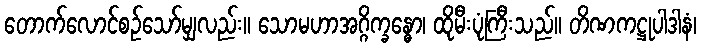
တောက်လောင်စဉ်သော်မျှလည်း။ သောမဟာအဂ္ဂိက္ခန္ဓော၊ ထိုမီးပုံကြီးသည်။ တိဏကဋ္ဌုပါဒါနံ၊